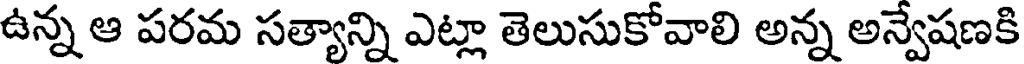
ఉన్న ఆ పరమ సత్యాన్ని ఎట్లా తెలుసుకోవాలి అన్న అన్వేషణకి